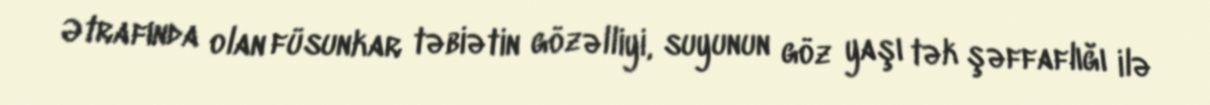
Ətrafında olan füsunkar təbiətin gözəlliyi, suyunun göz yaşı tək şəffaflığı ilə